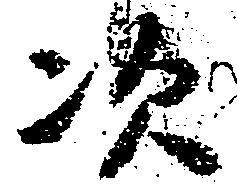
次